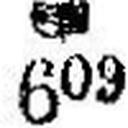
### 609